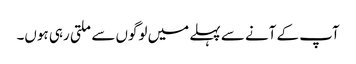
آپ کے آنے سے پہلے میں لوگوں سے ملتی رہی ہوں۔